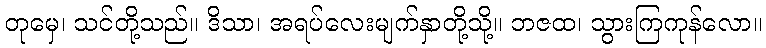
တုမှေ၊ သင်တို့သည်။ ဒိသာ၊ အရပ်လေးမျက်နှာတို့သို့။ ဘဇထ၊ သွားကြကုန်လော။